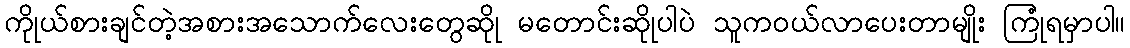
ကိုုယ်စားချင်တဲ့အစားအသောက်လေးတွေဆိုု မတောင်းဆိုုပါပဲ သူကဝယ်လာပေးတာမျိုး ကြုံရမှာပါ။